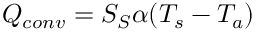
Q _ { c o n v } = S _ { S } \alpha ( T _ { s } - T _ { a } )